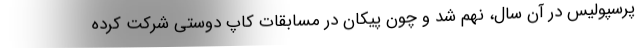
پرسپولیس در آن سال، نهم شد و چون پیکان در مسابقات کاپ دوستی شرکت کرده